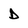
Character: D